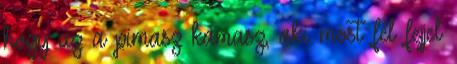
hogy az a pimasz kamasz, aki most fél fejjel